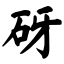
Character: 砑